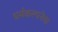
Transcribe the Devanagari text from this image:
धर्मकल्पनेचा